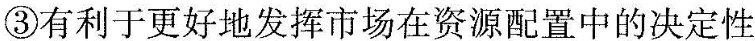
③有利于更好地发挥市场在资源配置中的决定性